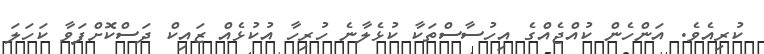
ކުރިއެވެ. އަންހެން ކުއްޖެއްގެ އިހުސާސްތަކާ ކުޅެލާނެ ހުރިހާ އުކުޅެއް ޒައިކް ދަސްކޮށްފަވާ ކަހަލަ